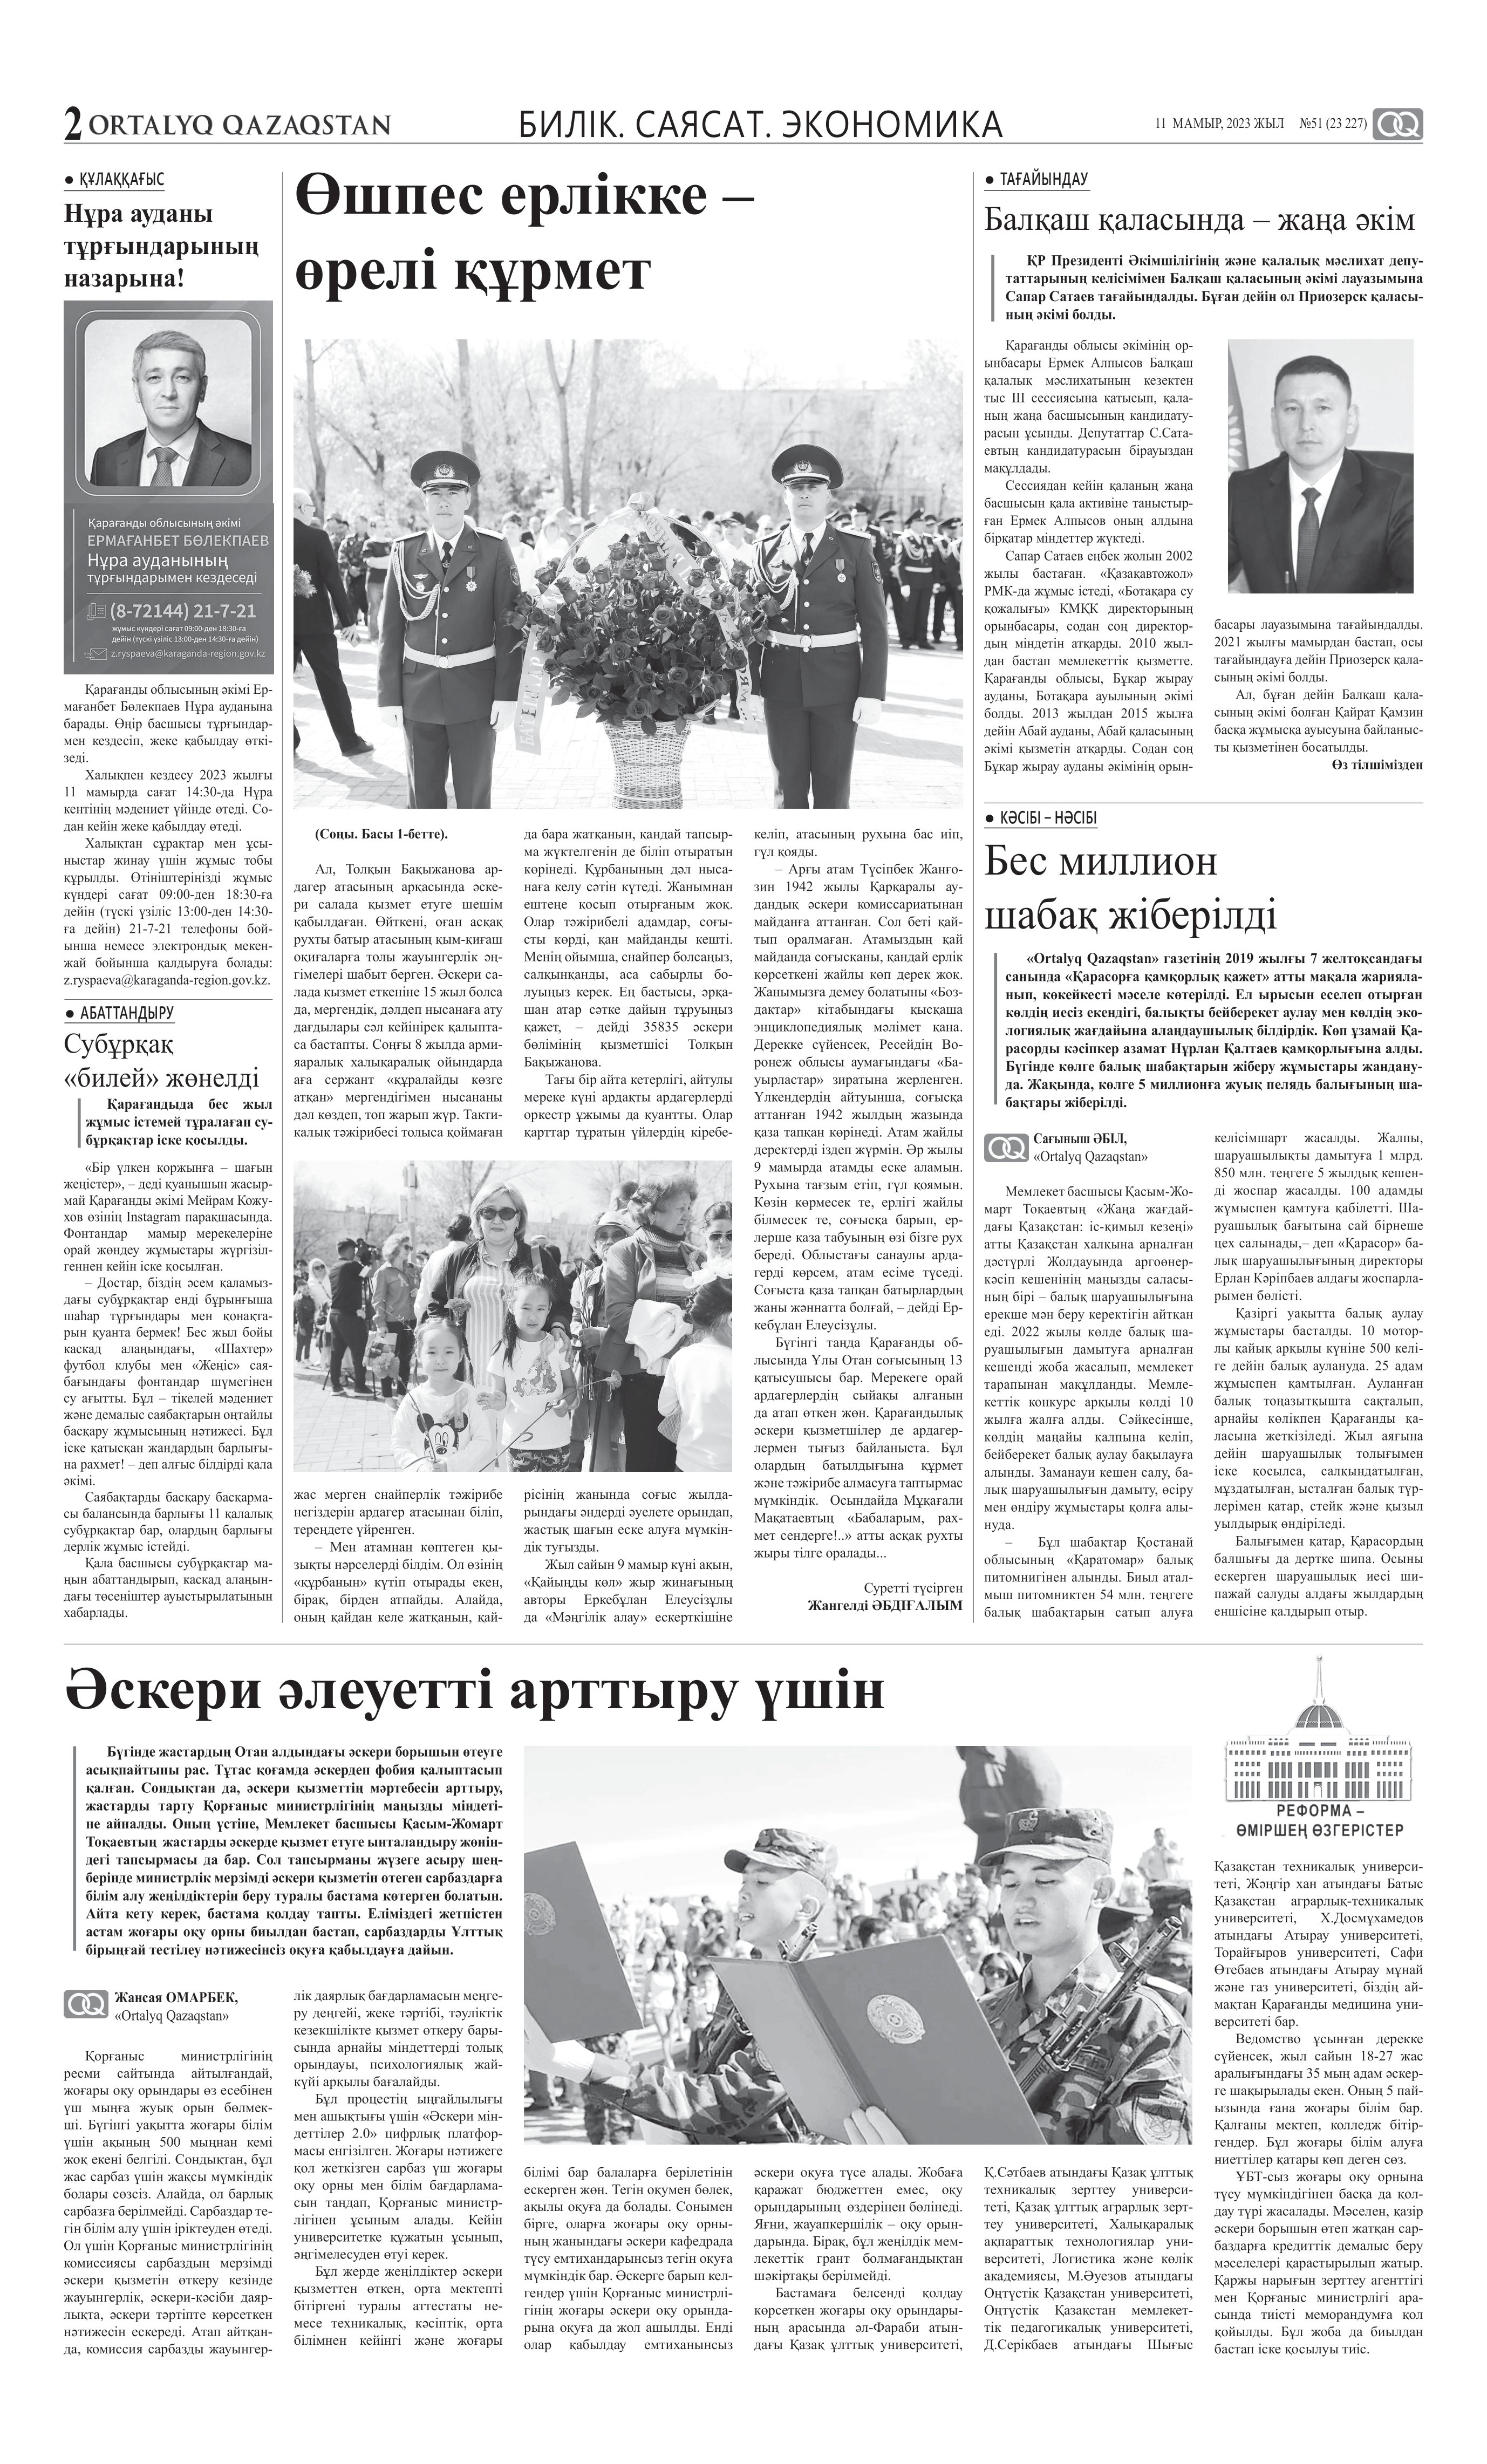
Language: kk